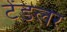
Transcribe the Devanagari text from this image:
टेंडलर